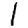
Digit: 1